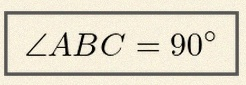
\angle ABC=90^\circ